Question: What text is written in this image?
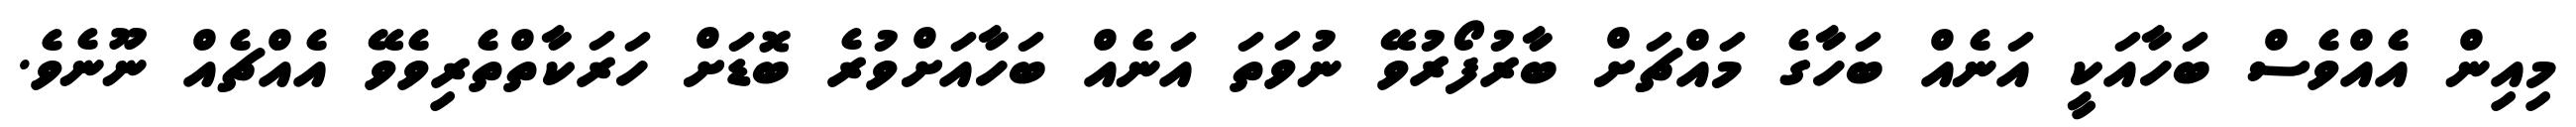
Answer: މިއިން އެއްވެސް ބަހާއަކީ އަނެއް ބަހާގެ މައްޗަށް ބާރުފޯރުވޭ ނުވަތަ އަނެއް ބަހާއަށްވުރެ ބޮޑަށް ހަރަކާތްތެރިވެވޭ އެއްޗެއް ނޫނެވެ.